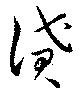
貨